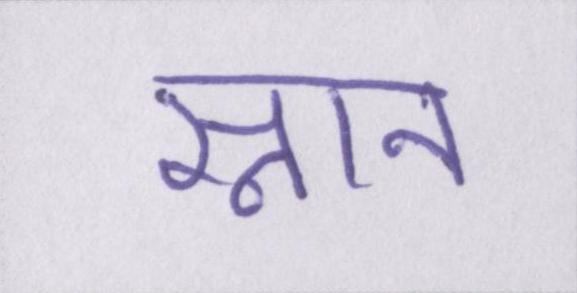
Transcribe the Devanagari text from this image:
स्नान